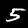
Label: 5